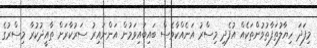
މިފަދަ ހިޔާލުތަފާތުވުންތަކެއް އުފެދި މިސްރު އަނެއްކާވެސް ބައިބައިވަމުން އަންނައިރު ސަރުކާރަށް ތާއީދުކުރާ މިސްރުގެ